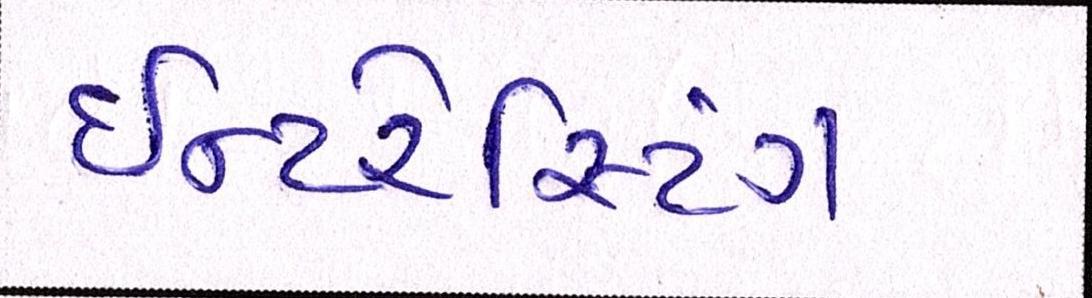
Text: ઇન્ટરેસ્ટિંગ